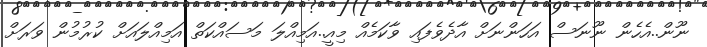
ނޫން..އެހެން ނޫނަސް އަހަންނަށް އާދެވެފައި ވާކަމެއް މިއީ..އަމިއްލަ މަސައްކަތް އަމިއްލައަށް ކުރުމުން ވަރަށް